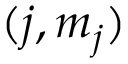
( j , m _ { j } )